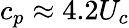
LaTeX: c_{p}\approx 4.2U_{c}